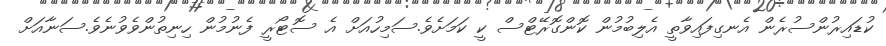
ކުޑައިރުންސުރެން އެނގިފައިވާތީ އެލިބުމުން ކޮންގޮރޭޓްސް ކީ ކަމަށެވެ.ސަމިހުއަށް އެ ސޮޓޯރީ ފެނުމުން ހިނިތުންވެވުނެވެ.ސަނާއަށް